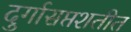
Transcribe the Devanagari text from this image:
दुर्गासप्तशतीत